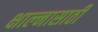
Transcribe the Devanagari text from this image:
क्षाल्नासाठी